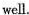
well.